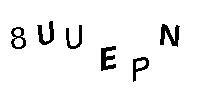
8UUEPN